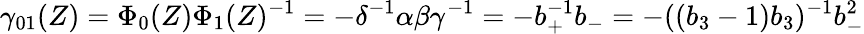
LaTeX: \gamma_{01}(Z)=\Phi_{0}(Z)\Phi_{1}(Z)^{-1}=-\delta^{-1}\alpha\beta\gamma^{-1}=-b_{+}^{-1}b_{-}=-((b_{3}-1)b_{3})^{-1}b_{-}^{2}